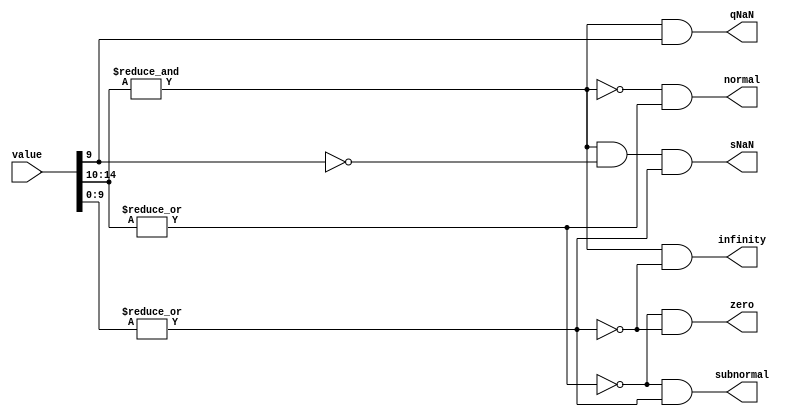
module fp_class (

    value, qNaN, sNaN, zero, infinity, normal ,subnormal

);

  input [15:0]value;
  output qNaN, sNaN, zero, infinity, normal ,subnormal;

  wire exp_zero, exp_ones, mant_zero;

  assign exp_zero = ~|value[14:10];
  assign exp_ones = &value[14:10];
  assign mant_zero = ~|value[9:0];

  assign sNaN = exp_ones & ~value[9] & ~mant_zero;
  assign qNaN = exp_ones & value[9];
  assign zero = exp_zero & mant_zero;
  assign infinity = exp_ones & mant_zero;
  assign subnormal = exp_zero & ~mant_zero;
  assign normal = ~exp_ones & ~exp_zero;

  

endmodule